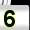
Digit: 5